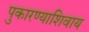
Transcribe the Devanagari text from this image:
पुकारण्याशिवाय